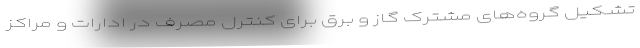
تشکیل گروه‌های مشترک گاز و برق برای کنترل مصرف در ادارات و مراکز